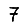
Digit: 7